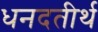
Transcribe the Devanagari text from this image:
धनदतीर्थ